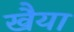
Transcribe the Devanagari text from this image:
खैया